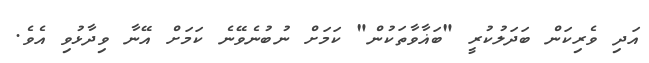
އަދި ވެރިކަން ބަދަލުކުރީ "ބަޣާވާތަކުން" ކަމަށް ނުބުނެވޭނެ ކަމަށް އޭނާ ވިދާޅުވި އެވެ.